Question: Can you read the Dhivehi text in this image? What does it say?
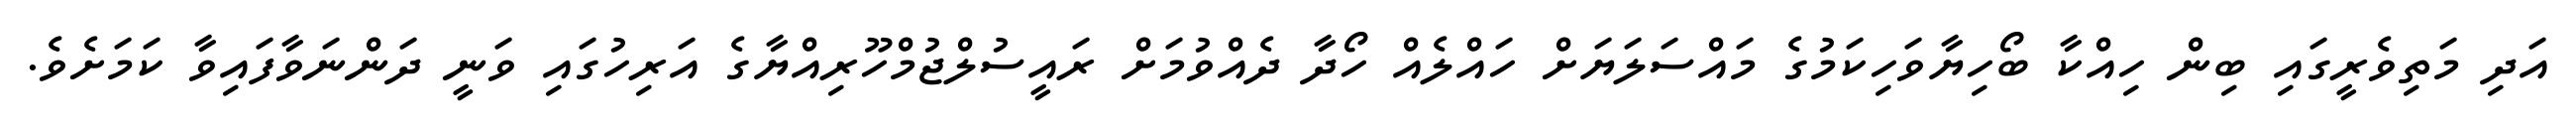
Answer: އަދި މަތިވެރީގައި ބިން ހިއްކާ ބޯހިޔާވަހިކަމުގެ މައްސަލަޔަށް ހައްލެއް ހޯދާ ދެއްވުމަށް ރައީސުލްޖުމްހޫރިއްޔާގެ އަރިހުގައި ވަނީ ދަންނަވާފައިވާ ކަމަށެވެ.